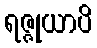
ရဇ္ဇုယာပိ